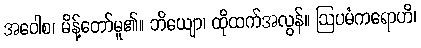
အဝေါစ၊ မိန့်တော်မူ၏။ ဘိယျော၊ ထိုထက်အလွန်။ ဩပမံကရောဟိ၊